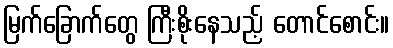
မြက်ခြောက်တွေ ကြီးစိုးနေသည့် တောင်စောင်း။